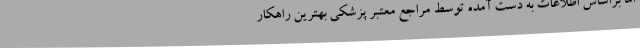
اما براساس اطلاعات به دست آمده توسط مراجع معتبر پزشکی بهترین راهکار